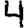
Digit: 4